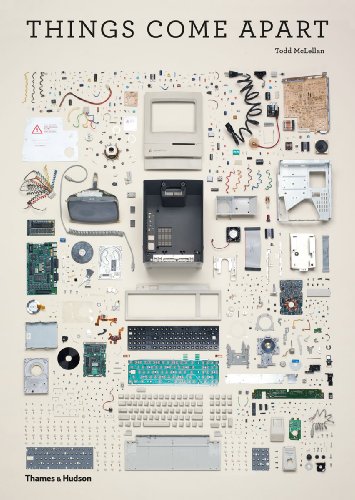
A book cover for Things Come Apart: A Teardown Manual for Modern Living; Todd McLellan; Arts & Photography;